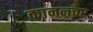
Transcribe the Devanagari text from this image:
काननचर